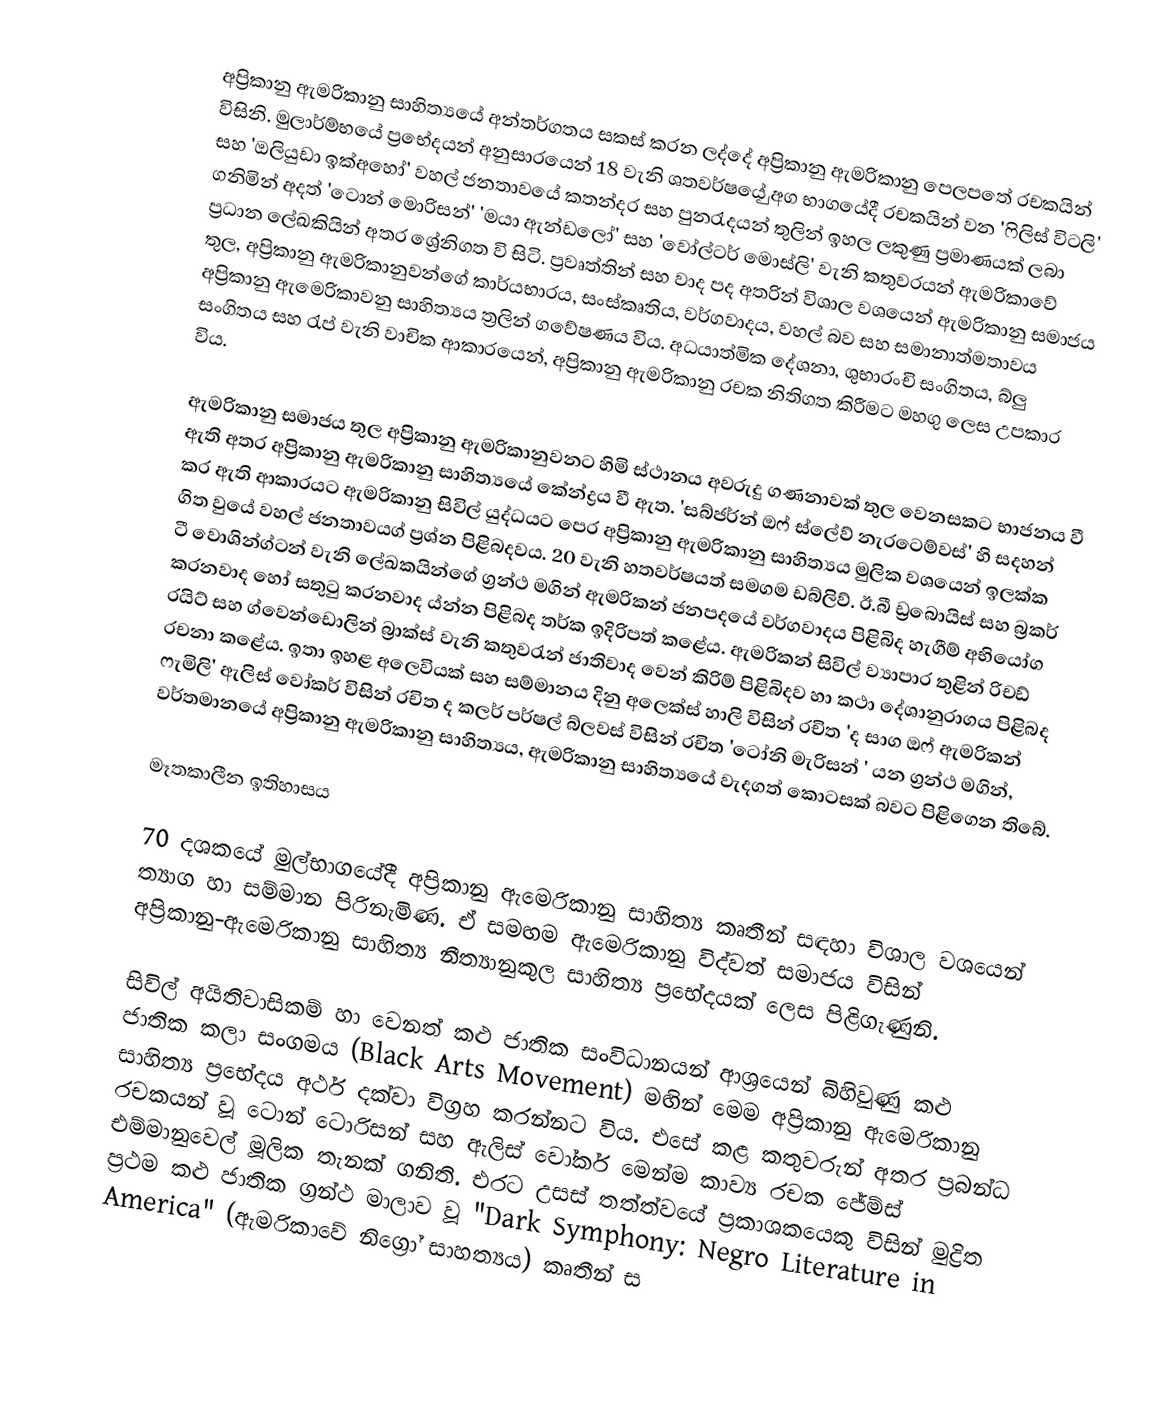
අප්‍රිකානු ඇමරිකානු සාහිත්‍යයේ අන්තර්ගතය සකස් කරන ලද්දේ අප්‍රිකානු ඇමරිකානු පෙලපතේ රචකයින් විසිනි. මුලාර්ම්භයේ ප්‍රභේදයන් අනුසාරයෙන් 18 වැනි ශතවර්ෂයේ ුඅග භාගයේදී රචකයින් වන 'ෆිලිස්  විටලි' සහ 'ඔලියුඩා ඉක්අහෝ' වහල් ජනතාවයේ කතන්දර සහ පුනරැදයන් තුලින් ඉහල ලකුණු ප්‍රමාණයක් ලබා ගනිමින් අදත් 'ටොන් මොරිසන්' ‍'මයා ඇන්‍ඩලෝ' සහ ‍'වෝල්‍ටර් මොස්ලි' වැනි කතුවරයන් ඇමරිකාවේ ප්‍රධාන ලේඛකියින් අතර ශ්‍රේනිගත වි සිටි. ප්‍රවෘත්තින් සහ වාද පද අතරින් විශාල වශයෙන් ඇමරිකානු සමාජය තුල, අප්‍රිකානු ඇමරිකානුවන්ගේ කාර්යභාරය, සංස්කෘතිය, වර්ගවාදය, වහල් බව සහ සමානාත්මතාවය අප්‍රිකානු ඇමෙරිකාවනු සාහිත්‍යය ත්‍රලින් ගවේෂණය විය. අධයාත්මික දේශනා, ශුභාරංචි සංගිතය, බ්ලු සංගිතය සහ රැප් වැනි වාචික ආකාරයෙන්, අප්‍රිකානු ඇමරිකානු රචක නිතිගත කිරීමට මහගු ලෙස උපකාර විය.

	ඇමරිකානු සමාජය තුල අප්‍රිකානු ඇමරිකානුවනට හිමි ස්ථානය අවරුදු ගණනාවක් තුල වෙනසකට භාජනය වී ඇති අතර අප්‍රිකානු ඇමරිකානු සාහිත්‍යයේ කේන්ද්‍රය වී ඇත. 'සබ්ජර්න් ඔෆ් ස්ලේව් නැරටෙම්වස්' හි සදහන් කර ඇති ආකාරයට ඇමරිකානු සිවිල් යුද්ධයට පෙර අප්‍රිකානු ඇමරි‍කානු සාහිත්‍යය මුලික වශයෙන් ඉලක්ක ගිත වුයේ වහල් ජනතාවයග් ප්‍රශ්න පිළිබදවය. 20 වැනි හතවර්ෂ‍යත් සමගම ඩබ්ලිව්. ඊ.බී ඩ්‍රබොයිස් සහ බ්‍රකර් ටී වොශින්ග්ටන් වැනි ලේඛකයින්ගේ  ග්‍රන්ථ මගින් ඇමරිකන් ජනපදයේ වර්ගවාදය පිළිබිද හැගීම් අභියෝග කරනවාද හෝ සතුටු කරනවාද ය්න්න පිළිබද තර්ක ඉදිරිපත් කළේය. ඇමරිකන් සිවිල් ව්‍යාපාර තුළින් රිචඩ් රයිට්  සහ ග්වෙන්ඩොලින් බ්‍රාක්ස් වැනි කතුවරැන් ජාතිවාද වෙන් කිරිම් පිළිබිදව හා කථා දේශානුරාගය පිළිබද රචනා කළේය. ඉතා ඉහළ අලෙවියක් සහ සම්මානය දිනු අලෙක්ස් හාලි විසින් රචිත 'ද සාග ඔෆ් ඇමරිකන් ෆැමිලි' ඇලිස් වෝකර් විසින් රචිත ද කලර් පර්ෂල් බ්ලවස් විසින් රචිත 'ටෝනි මැරිසන් ' යන ග්‍රන්ථ මගින්, වර්තමානයේ අප්‍රිකානු ඇමරිකානු සාහිත්‍යය, ඇමරිකානු සාහිත්‍යයේ වැදගත් කොටසක් බවට පිළිගෙන තිබේ.

මෑතකාලීන ඉතිහාසය

70 දශකයේ මුල්භාගයේදී අප්‍රිකානු ඇමෙරිකානු සාහිත්‍ය කෘතීන් සඳහා විශාල වශයෙන් ත්‍යාග හා සම්මාන පිරිනැමිණ. ඒ සමඟම ඇමෙරිකානු විද්වත් සමාජය විසින් අප්‍රිකානු-ඇමෙරිකානු සාහිත්‍ය නීත්‍යානුකුල සාහිත්‍ය ප්‍රභේදයක් ලෙස පිළිගැණුනි.

සිවිල් අයිතිවාසිකම් හා වෙනත් කළු ජාතික සංවිධානයන් ආශ්‍රයෙන් බිහිවුණු  කළු ජාතික කලා සංගමය  (Black Arts Movement) මඟින් මෙම අප්‍රිකානු ඇමෙරිකානු සාහිත්‍ය ප්‍රභේදය අර්ථ දක්වා විග්‍රහ කරන්නට විය. එසේ කළ කතුවරුන් අතර ප්‍රබන්ධ රචකයන් වූ ටොන් ටොරිසන් සහ ඇලිස් වෝකර් මෙන්ම ‍කාව්‍ය රචක ජේම්ස් එම්මානුවෙල් මූලික තැනක් ගනිති. එරට උසස් තත්ත්වයේ ප්‍රකාශකයෙකු විසින් මුද්‍රිත ප්‍රථම කළු ජාතික ග්‍රන්ථ මාලාව වූ "Dark Symphony: Negro Literature in America" (ඇමරිකාවේ නිග්‍රෝ සාහත්‍යය) කෘතීන් ස